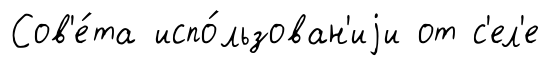
Сов'е́та испо́льзован'иjи от с'ел'е